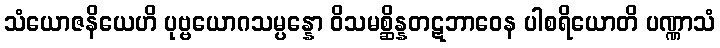
သံယောဇနိယေဟိ ပုဗ္ဗယောဂသမ္ပန္နော ဝိသမစ္ဆိန္နတဋဘာဝေန ပါစရိယောတိ ပဏ္ဏာသံ